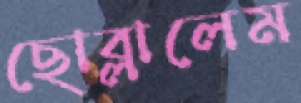
ছোব্‌লালেম